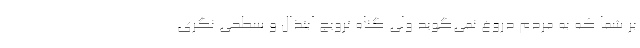
بر شما که به مردم دروغ نمی‌گوید ولی گناه ترویج ابتذال و سطحی نگری